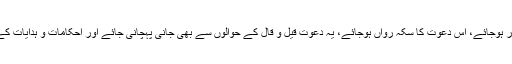
کیا عجب کہ یہ دعوت ریاست قرار پائے، یہ دعوت مقتدر ہوجائے، اس دعوت کا سکّہ رواں ہوجائے، یہ دعوت قیل و قال کے حوالوں سے بھی جانی پہچانی جائے اور احکامات و ہدایات کے نازل ہونے اور ان پر عمل درآمد کے حوالے سے بھی۔